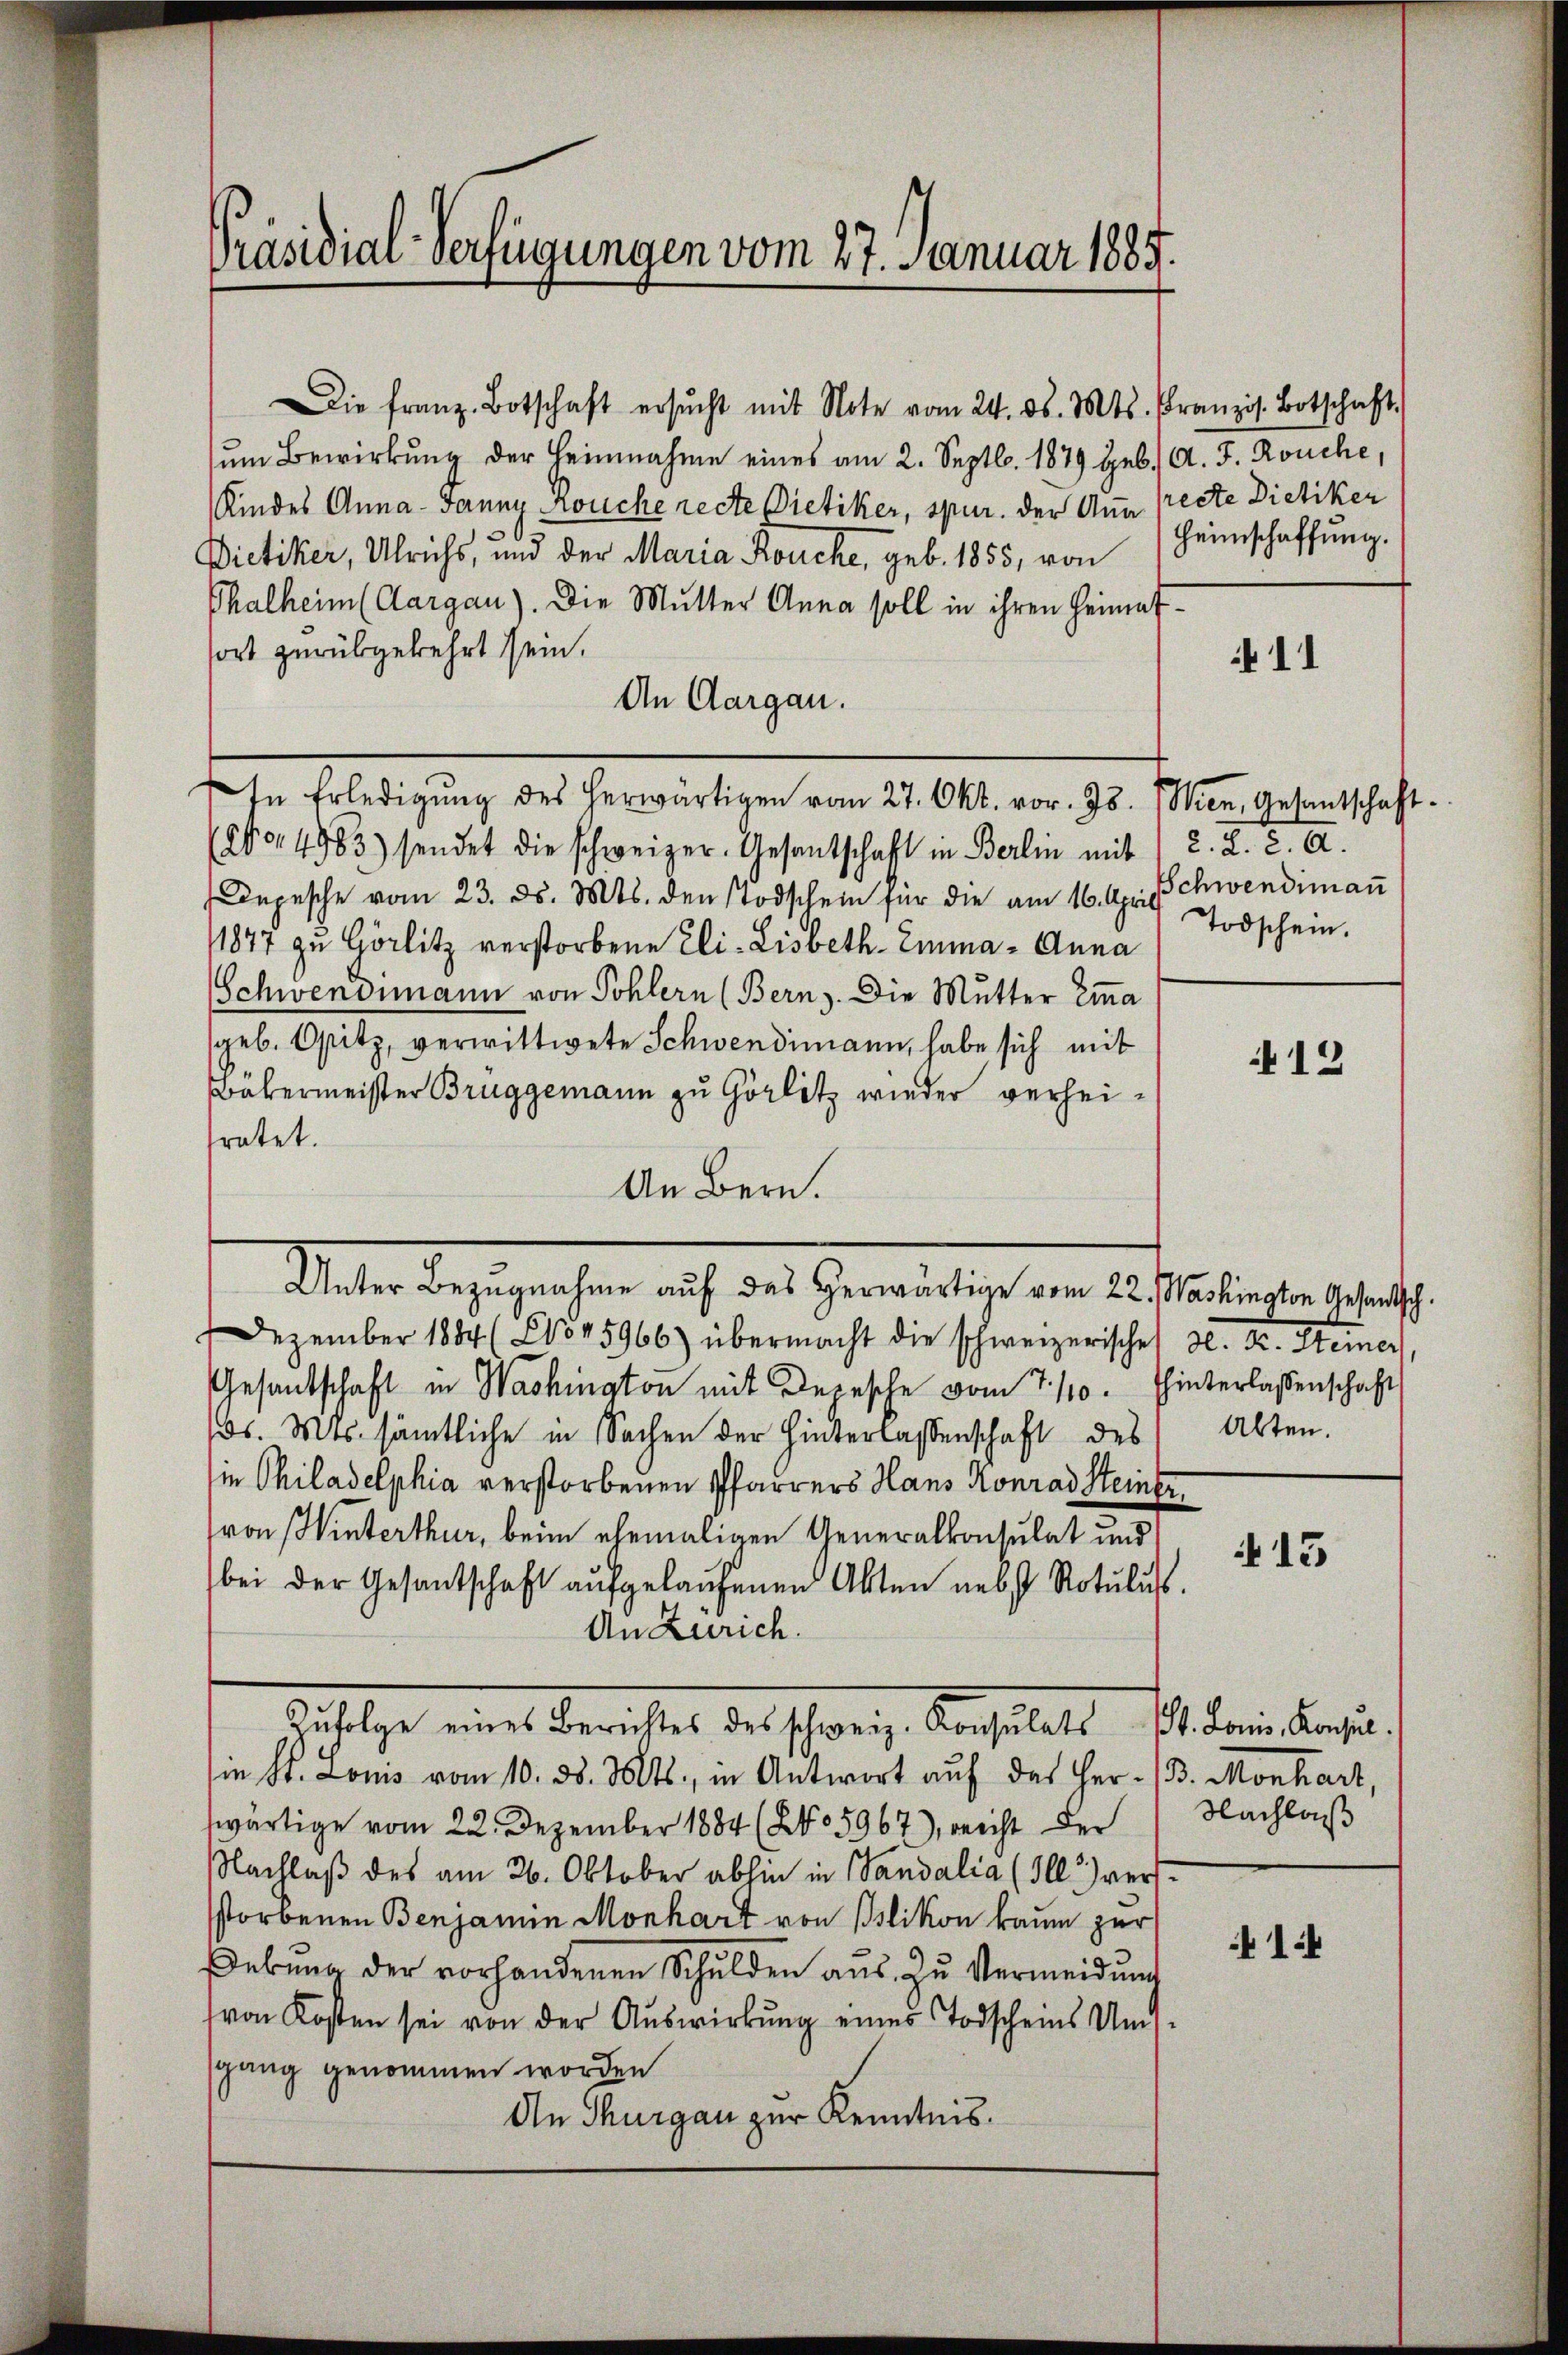
Präsidial-Verfügungen vom 27. Januar 1889.

ŭm Bewirkung der Heinnahme eines am 2. Septbr. 1879 geb. A. F. Rouche,
Kindes Anna-Fanny Kouche recte Dietiker, spur. der Ann Precte Dietiker
Dietiker, Ulrichs, und der Maria Kouche, geb. 1855, von
Thalheim (Aargau). Die Mutter Anna soll in ihren Heimatfort zurükgekehrt sein.
An Aargau.
In Erledigŭng des herwärtigen vom 27. Okt. vor. Js. (Wien, Gesantschaft-
No 4983) sendet die schweizer. Gesantschaft in Berlin mit, 2. d. d. A.
Depesche vom 23. ds. Mts. den Todschein für die am 16. April schwendimaṅ
1877 zu Görlitz verstorbene Eli-Lisbeth-Emma - Anna
Schwendimann von Sohlern (Bern). Die Mutter Ema
sgeb. Ossitz, verwittwete Schwendimann, habe sich mit
Bäkermeister Bruggemann zu Görlitz wieder verheifratet.
An Bern.
Mater begegnehmen auf der Gewärtige von des seien eine recht
Dezember 1884 (No 45966) übermacht die schweizerisches H. K. Steiner
Gesandschaft in Washington mit Depesche vom 7./10. hinterlassenschaft
s. Mts. sämtliche in Sachen der Hinterlassenschaft des
in Philadelphia verstorbenen Pfarrers Hans Konrad Steinte
von Winterthur, beim ehemaligen Generalkonsulat und
bei der Gesandschaft aufgelaŭfenen Akten nebst Notuluss.
An Zürich.
Besetze weit berister derschweiz bestellt, ist dem Regiesie St. Louis vom 10. d. Mts., in Antwort auf des Her- (3. Monhart,
wärtige vom 22. Dezember 1884 (205967), reicht der
Nachlaß des am 26. Oktober abhin in Sandalia (Ill) versstorbenen Benjamin Monhart von Bslikon kaum zur
ebŭng der vorhandenen Schulden aŭs zŭ Vermeidŭng
(von Kosten sei von der Auswirkung eines Todscheins Ums
sgang genommen worden
An Thurgau zur Kenntnis.

Die franz. Botschaft ersŭcht mit Note vom 24. ds. Mts. Französ. Botschaft.

Heimschaffung.

11

Todschein.

12

Alten.

13

Nachlaß

1